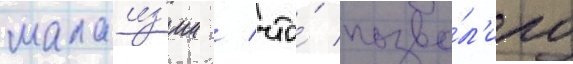
малаиз'ии / что́ позво́л'ило